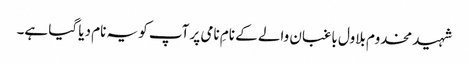
شہید مخدوم بلاول باغبان والے کے نامِ نامی پر آپ کو یہ نام دیا گیا ہے۔